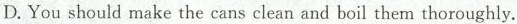
D. You should make the cans clean and boil them thoroughly.